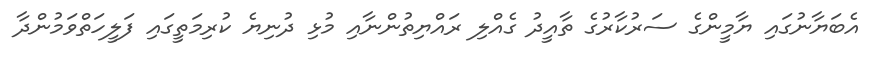
އެބަޔާނުގައި ޔާމީންގެ ސަރުކާރުގެ ތާއީދު ގެއްލި ރައްޔިތުންނާއި މުޅި ދުނިޔެ ކުރިމަތީގައި ފަލީހަތްވަމުންދާ